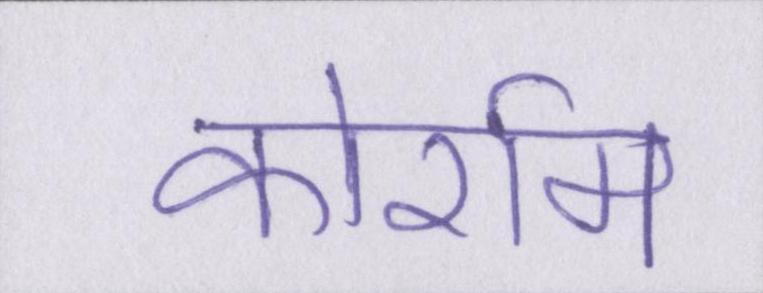
कोर्राम